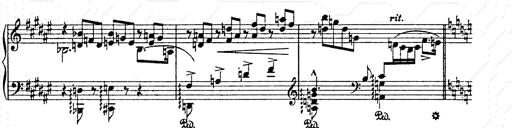
Title: AnnÃ©es de pÃ¨lerinage II
Composer: Franz Liszt